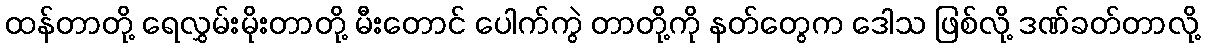
ထန်တာတို့ ရေလွှမ်းမိုးတာတို့ မီးတောင် ပေါက်ကွဲ တာတို့ကို နတ်တွေက ဒေါသ ဖြစ်လို့ ဒဏ်ခတ်တာလို့